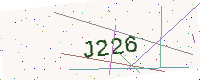
Text: J226